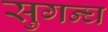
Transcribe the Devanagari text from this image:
सुगन्घ